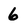
Character: 6